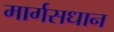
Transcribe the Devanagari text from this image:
मार्गसधान